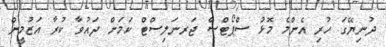
ދުނިޔޭގަ ހުރި އެންމެ މޮޅު ސްޕޯޓްސް ޖަރނަލިސްޓް ކަމަށް ދައުވާ ކުރާ އަޒުމީން